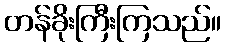
တန်ခိုးကြီးကြသည်။